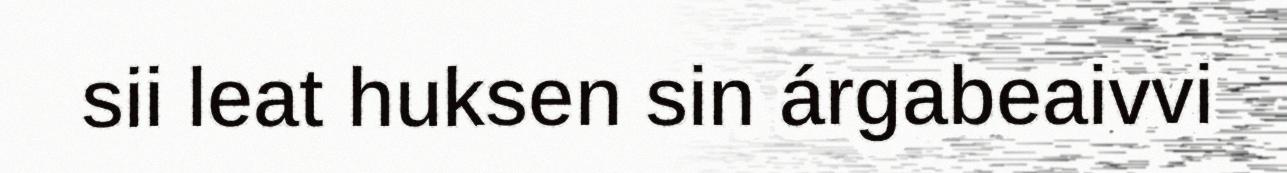
sii leat huksen sin árgabeaivvi